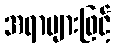
အရာများဖြင့်